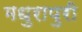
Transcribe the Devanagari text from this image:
मधुरापुरी